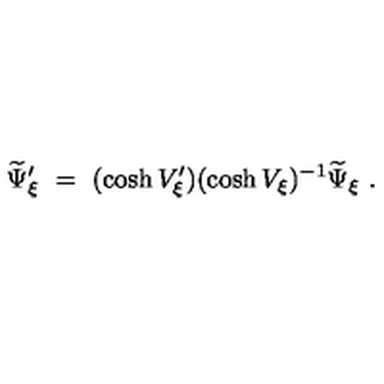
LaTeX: \widetilde \Psi _ { \xi } ^ { \prime } \ = \ ( \cosh V _ { \xi } ^ { \prime } ) ( \cosh V _ { \xi } ) ^ { - 1 } \widetilde \Psi _ { \xi } \ .